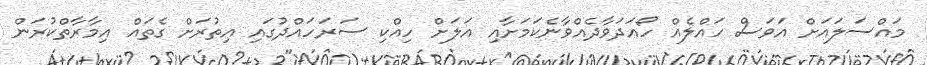
މައްސަލައަށް އަވަސް ހައްލެއް ހޯއަދަވާދެއްވާނެކަމަށާއި އަލަށް ހިއްކި ސަރަހައްދުގައި އިތުރަށް ގެތައް އިމާރާތްކުރަން